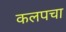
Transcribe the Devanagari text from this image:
कलपचा